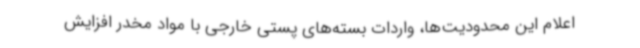
اعلام این محدودیت‌ها، واردات بسته‌های پستی خارجی با مواد مخدر افزایش